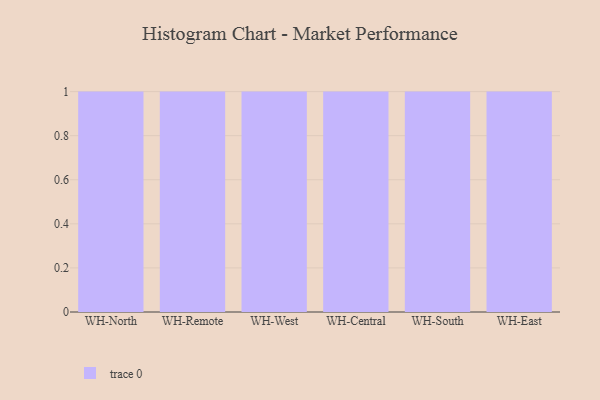
{"axis": {"x": "Warehouse", "y": "Inventory Turnover"}, "legend": [""], "data": [{"x": "WH-North", "y": 61, "type": ""}, {"x": "WH-Remote", "y": 31, "type": ""}, {"x": "WH-West", "y": 43, "type": ""}, {"x": "WH-Central", "y": 38, "type": ""}, {"x": "WH-South", "y": 39, "type": ""}, {"x": "WH-East", "y": 5, "type": ""}]}